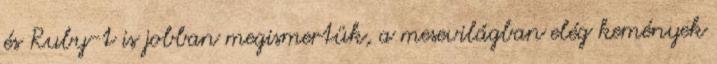
és Ruby-t is jobban megismertük, a mesevilágban elég kemények